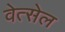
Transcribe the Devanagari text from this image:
वेत्सेल